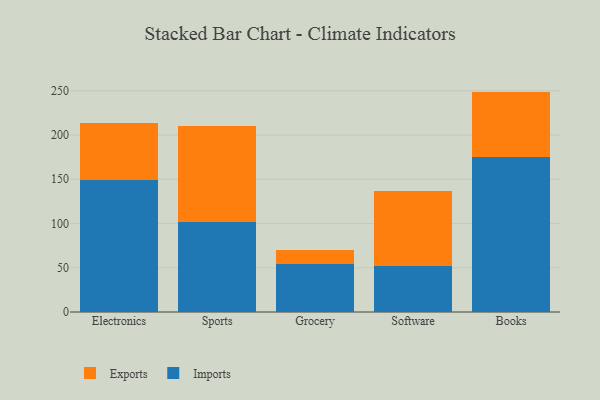
{"axis": {"x": "Category", "y": "Demand Index"}, "legend": ["Exports", "Imports"], "data": [{"x": "Electronics", "y": 148.9, "type": "Imports"}, {"x": "Electronics", "y": 64.2, "type": "Exports"}, {"x": "Sports", "y": 101.6, "type": "Imports"}, {"x": "Sports", "y": 108.9, "type": "Exports"}, {"x": "Grocery", "y": 54.7, "type": "Imports"}, {"x": "Grocery", "y": 15.8, "type": "Exports"}, {"x": "Software", "y": 52.5, "type": "Imports"}, {"x": "Software", "y": 83.7, "type": "Exports"}, {"x": "Books", "y": 175.3, "type": "Imports"}, {"x": "Books", "y": 73.8, "type": "Exports"}]}